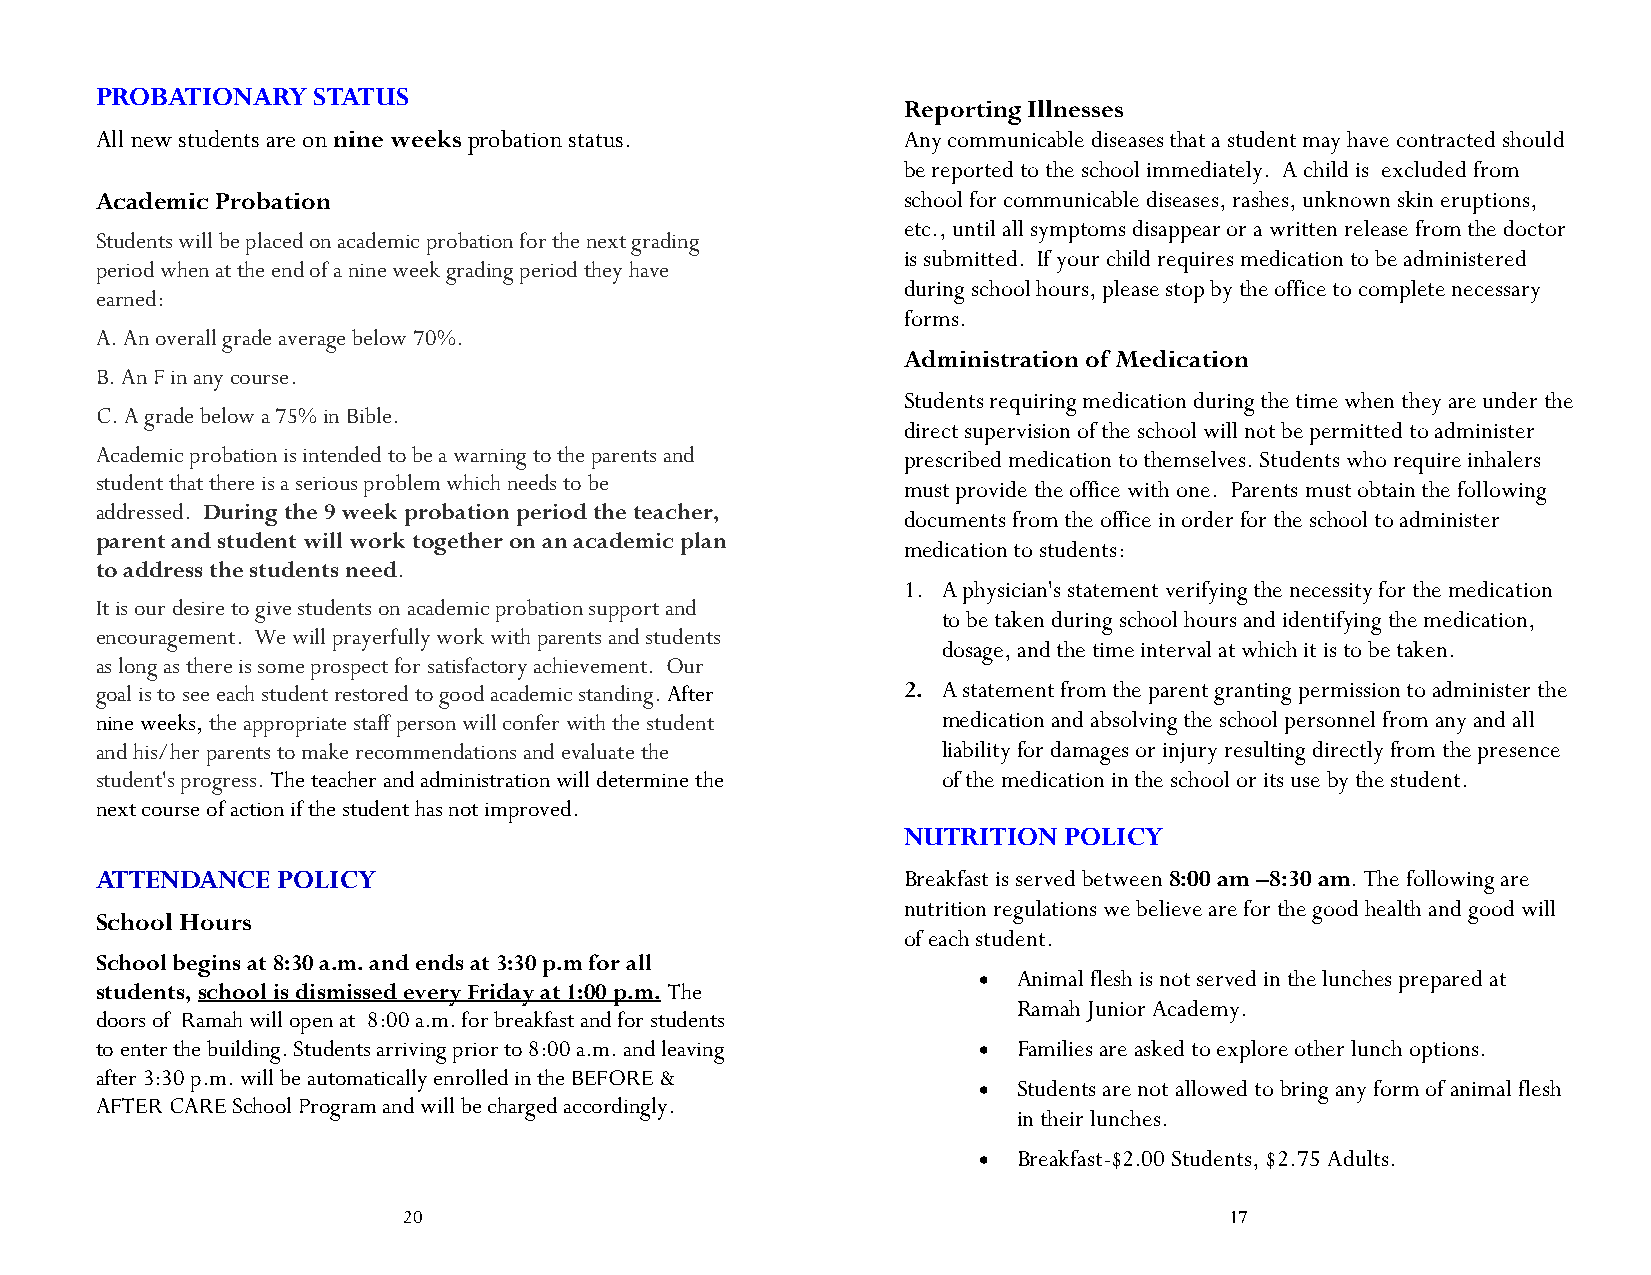
PROBATIONARY   STATUS
 Reporting Illnesses
 All new students are on nine weeks probation status.  Any communicable diseases that a student may have contracted should
 be reported to the school immediately. A child is excluded from
 Academic Probation                                    school for communicable diseases, rashes, unknown skin eruptions,
 etc., until all symptoms disappear or a written release from the doctor
 Students will be placed on academic probation for the next grading
 is submitted. If your child requires medication to be administered
 period when at the end of a nine week grading period they have
 during school hours, please stop by the office to complete necessary
 earned:
 forms.
 A. An overall grade average below 70%.
 Administration of Medication
 B. An F in any course.
 Students requiring medication during the time when they are under the
 C. A grade below a 75% in Bible.
 direct supervision of the school will not be permitted to administer
 Academic probation is intended to be a warning to the parents and prescribed medication to themselves. Students who require inhalers
 student that there is a serious problem which needs to be
 must provide the office with one. Parents must obtain the following
 addressed. During the 9 week probation period the teacher,
 documents from the office in order for the school to administer
 parent and student will work together on an academic plan
 medication to students:
 to address the students need.
 1. A physician's statement verifying the necessity for the medication
 It is our desire to give students on academic probation support and
 to be taken during school hours and identifying the medication,
 encouragement. We will prayerfully work with parents and students
 dosage, and the time interval at which it is to be taken.
 as long as there is some prospect for satisfactory achievement. Our
 goal is to see each student restored to good academic standing. After 2. A statement from the parent granting permission to administer the
 nine weeks, the appropriate staff person will confer with the student medication and absolving the school personnel from any and all
 and his/her parents to make recommendations and evaluate the liability for damages or injury resulting directly from the presence
 student's progress. The teacher and administration will determine the of the medication in the school or its use by the student.
 next course of action if the student has not improved.
 NUTRITION POLICY
 ATTENDANCE  POLICY                                    Breakfast is served between 8:00 am –8:30 am. The following are
 nutrition regulations we believe are for the good health and good will
 School Hours
 of each student.
 School begins at 8:30 a.m. and ends at 3:30 p.m for all
 · Animal flesh is not served in the lunches prepared at
 students, school is dismissed every Friday at 1:00 p.m. The
 Ramah Junior Academy.
 doors of Ramah will open at 8:00 a.m. for breakfast and for students
 to enter the building. Students arriving prior to 8:00 a.m. and leaving · Families are asked to explore other lunch options.
 after 3:30 p.m. will be automatically enrolled in the BEFORE &
 · Students are not allowed to bring any form of animal flesh
 AFTER CARE School Program and will be charged accordingly.
 in their lunches.
 · Breakfast-$2.00 Students, $2.75 Adults.
 20                                                    17